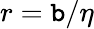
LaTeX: r=\mathtt{b}/\eta